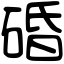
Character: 碈